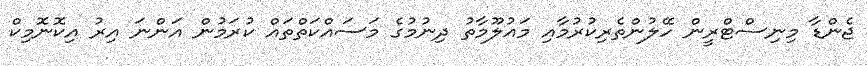
ޖެންޑާ މިނިސްޓްރީން ހޭލުންތެރިކުރުމާއި މައުލޫމާތު ދިނުމުގެ މަސައްކަތްތައް ކުރަމުން އަންނަ އިރު އިކޮނޮމިކް